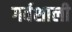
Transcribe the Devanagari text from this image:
गर्वशाली